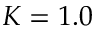
K = 1 . 0